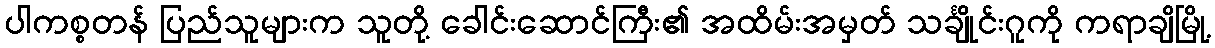
ပါကစ္စတန် ပြည်သူများက သူတို့ ခေါင်းဆောင်ကြီး၏ အထိမ်းအမှတ် သင်္ချိုင်းဂူကို ကရာချိမြို့